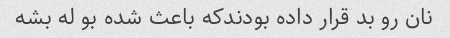
نان رو بد قرار داده بودندکه باعث شده بو له بشه